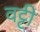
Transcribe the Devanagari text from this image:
वट्टी